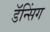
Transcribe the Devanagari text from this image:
डॅन्सिंग